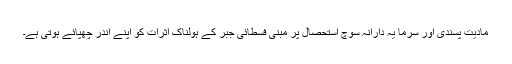
مادیت پسندی اور سرما یہ دارانہ سوچ استحصال پر مبنی فسطائی جبر کے ہولناک اثرات کو اپنے اندر چھپائے ہوتی ہے۔